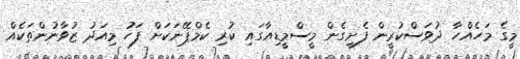
މީގެ މަހެއްހާ ދުވަސްކުރީން ފެށިގެން މީސްމީޑިއާގައި ކުރި ކެމްޕޭނަކަށް ފަހު މިއަދު ޒުވާނުންތަކެއް